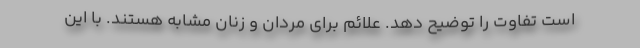
است تفاوت را توضیح دهد. علائم برای مردان و زنان مشابه هستند. با این